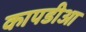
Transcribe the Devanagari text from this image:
कापडीआ